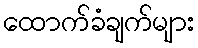
ထောက်ခံချက်များ